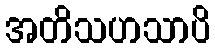
အတိသဟသာပိ